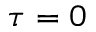
\tau = 0